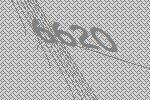
6620